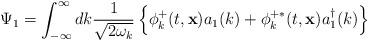
\begin{align*}\Psi_1=\int_{-\infty}^{\infty}dk \frac{1}{\sqrt{2\omega_k}}\left\{\phi_k^+(t,{\bf x})a_1(k)+\phi_k^{+ \ast}(t,{\bf x})a_1^\dagger(k)\right\}\end{align*}